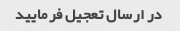
در ارسال تعجیل فرمایید